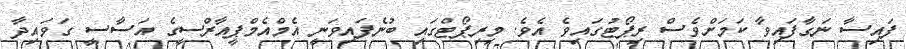
ފައިސާ ނަގާފައިވާ ކަމަށްވެސް ރިޕޯޓުގައިވެ އެވެ. މިރިޕޯޓްގައި ބުނެފައިވަނީ އެމްއެމްޕީއާރްސީގެ އަސާސީ ގަވައިދާ